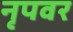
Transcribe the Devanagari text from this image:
नृपवर